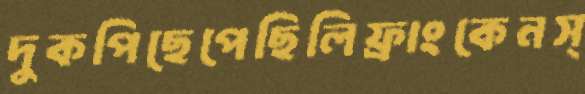
দুকপিছেপেছিলিফ্রাংকেনস্